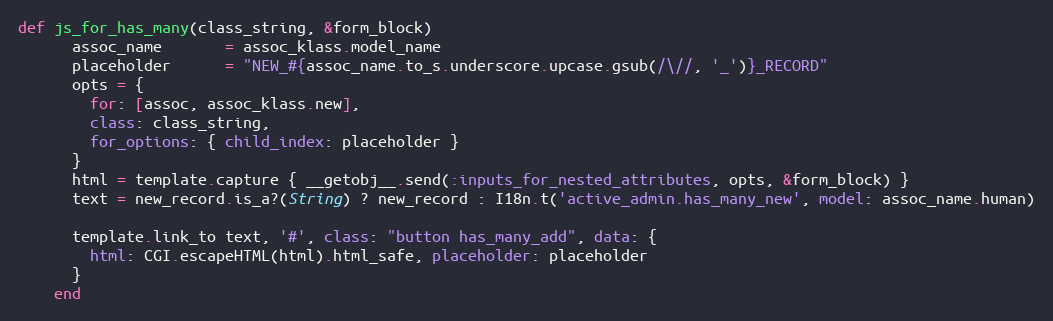
Language: Ruby
def js_for_has_many(class_string, &form_block)
      assoc_name       = assoc_klass.model_name
      placeholder      = "NEW_#{assoc_name.to_s.underscore.upcase.gsub(/\//, '_')}_RECORD"
      opts = {
        for: [assoc, assoc_klass.new],
        class: class_string,
        for_options: { child_index: placeholder }
      }
      html = template.capture { __getobj__.send(:inputs_for_nested_attributes, opts, &form_block) }
      text = new_record.is_a?(String) ? new_record : I18n.t('active_admin.has_many_new', model: assoc_name.human)

      template.link_to text, '#', class: "button has_many_add", data: {
        html: CGI.escapeHTML(html).html_safe, placeholder: placeholder
      }
    end